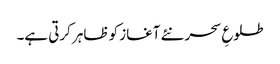
طلوعِ سحر نئے آغاز کو ظاہر کرتی ہے۔